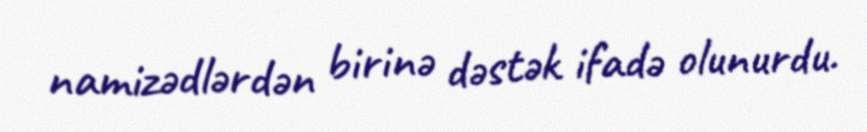
namizədlərdən birinə dəstək ifadə olunurdu.